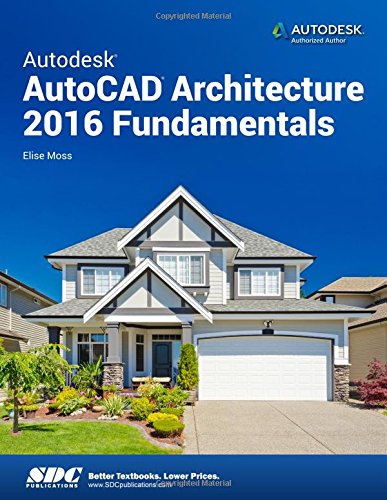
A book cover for Autodesk AutoCAD Architecture 2016 Fundamentals; Elise Moss; Computers & Technology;